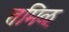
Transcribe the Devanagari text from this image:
तमिळ्